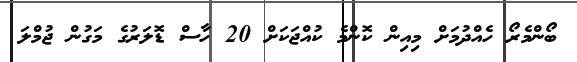
ބޯންމެރޯ ހެއްދުމަށް މިއިން ކޮންމެ ކުއްޖަކަށް 20 ހާސް ޑޮލަރުގެ މަގުން ޖުމްލަ